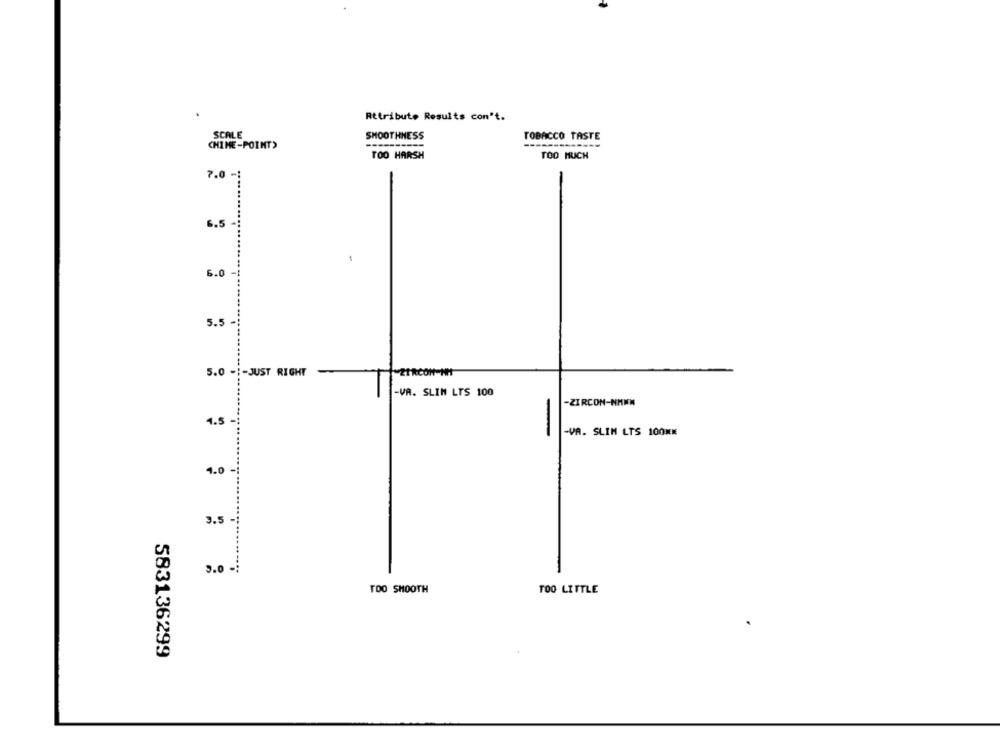
Attribute Results con't.
SCALE
SMOOTHNESS
TOBACCO TASTE
------------
CHINE-POINT)
TOO HARSH
TOO MUCH
7.0
6.5
6.0 -
5.5.
5.0 -1-JUST RIGHT
-VA. SLIM LTS 100
-ZIRCON-NAWW
4.5
-VA. SLIM LTS 100HK
4.0
3.5 -
3.0 -;
TOO SMOOTH
TOO LITTLE
583136299